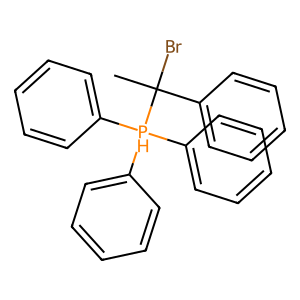
SMILES: CC(Br)(c1ccccc1)[PH](c1ccccc1)(c1ccccc1)c1ccccc1
Inhibits HIV replication: No